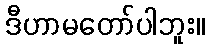
ဒီဟာမတော်ပါဘူး။